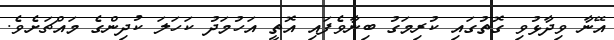
އޭނާ ވިދާޅުވި ގޮތުގައި ކުރިމަގު ބިނާވެފައި އޮތީ އަހުމަދު ކަހަލަ ކުދިންގެ މައްޗަށެވެ.